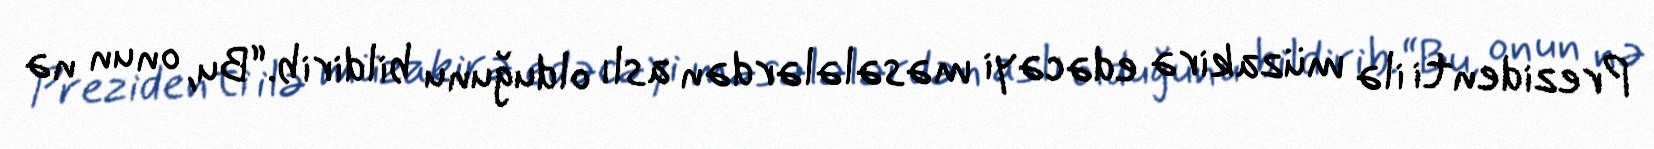
Prezidenti ilə müzakirə edəcəyi məsələlərdən aslı olduğunu bildirib.“Bu, onun nə